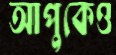
আপুকেও